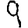
Digit: 9